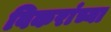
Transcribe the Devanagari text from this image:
विकरांच्या